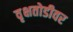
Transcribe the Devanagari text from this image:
वृक्षतोडीवर